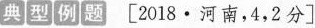
典型例题 [2018·河南，4，2分]